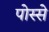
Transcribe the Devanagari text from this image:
पोस्से